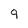
Character: 9